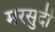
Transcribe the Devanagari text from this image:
मरसुदी